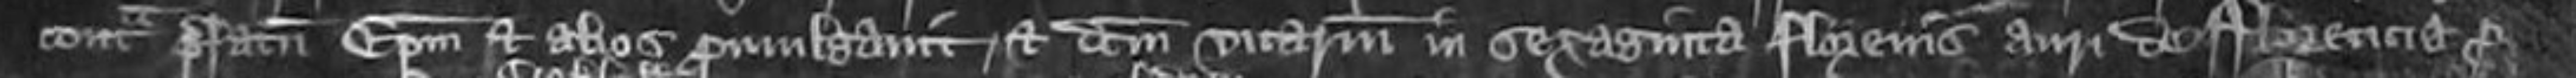
contra prefatum Episcopum et alios promulgavit et dictam vicariam in sexaginta florenis auri de Florencia pro